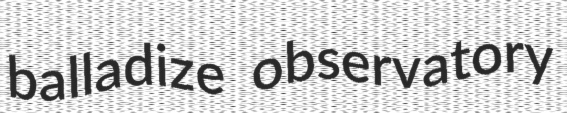
balladize observatory